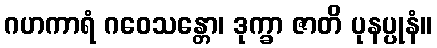
ဂဟကာရံ ဂဝေသန္တော၊ ဒုက္ခာ ဇာတိ ပုနပ္ပုနံ။